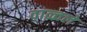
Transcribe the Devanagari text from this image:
वाळ्वले